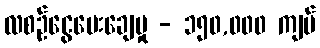
လစဉ်ငွေပေးချေမှု - ၁၅၀,၀၀၀ ကျပ်